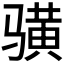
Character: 𱅦